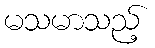
မသမာသည့်